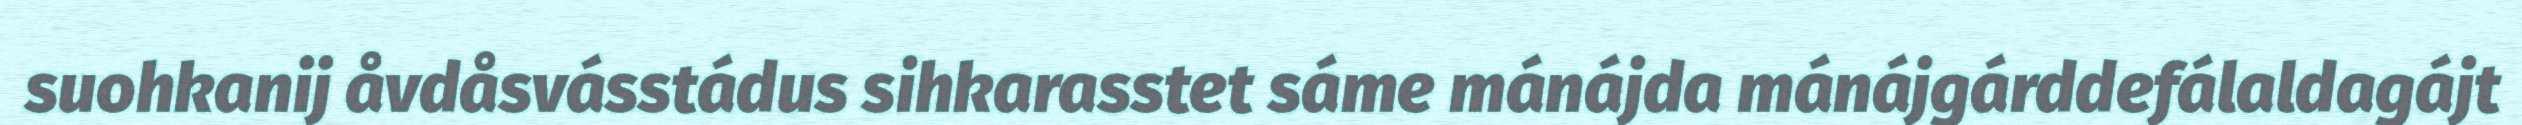
suohkanij åvdåsvásstádus sihkarasstet sáme mánájda mánájgárddefálaldagájt